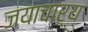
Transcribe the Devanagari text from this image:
जयाचार्य